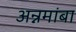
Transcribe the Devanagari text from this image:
अन्नमांबा